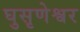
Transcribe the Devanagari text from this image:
घुसृणेश्वर